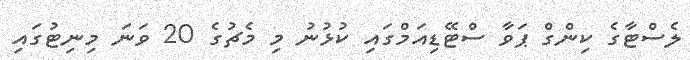
ލެސްޓާގެ ކިންގް ޕަވާ ސްޓޭޑިއަމްގައި ކުޅުނު މި މެޗުގެ 20 ވަނަ މިނިޓުގައި